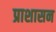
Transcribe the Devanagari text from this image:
प्राशासन